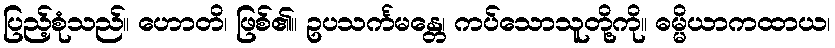
ပြည့်စုံသည်။ ဟောတိ၊ ဖြစ်၏။ ဥပသင်္ကမန္တေ၊ ကပ်သောသူတို့ကို။ ဓမ္မိယာကထာယ၊